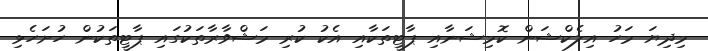
މިދިޔަ މަހު އިލެކްޝަން ކޮމިޝަނާއި ޕާޓީތަކާއި އެކު ކުރި މަޝްވާރާތަކުގައި ޕާޓީތަކުން ހުށަހެޅި